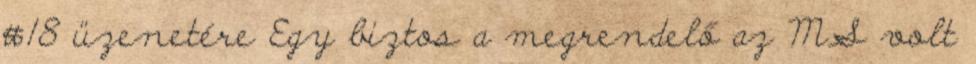
#18 üzenetére Egy biztos a megrendelő az MS volt